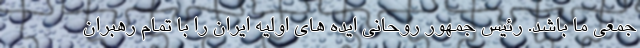
جمعی ما باشد. رئیس جمهور روحانی ایده های اولیه ایران را با تمام رهبران